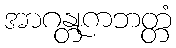
အာဂန္တုကဘတ္တံ